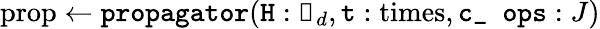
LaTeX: \textrm{prop}\gets\texttt{propagator}(\texttt{H}:\mathbb{0}_{d},\texttt{t}:\textrm{times},\texttt{c\_ ops}:J)